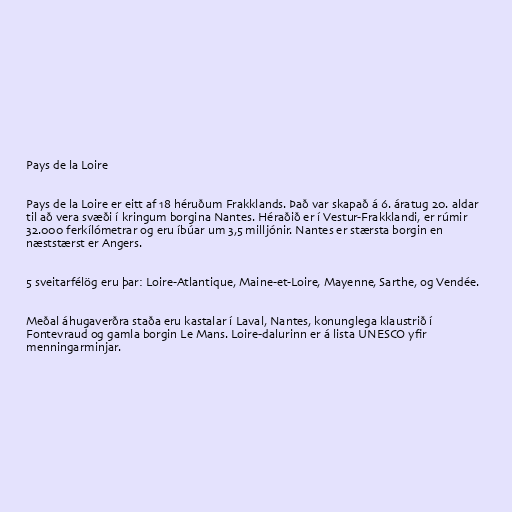
Pays de la Loire

Pays de la Loire er eitt af 18 héruðum Frakklands. Það var skapað á 6. áratug 20. aldar
til að vera svæði í kringum borgina Nantes. Héraðið er í Vestur-Frakklandi, er rúmir
32.000 ferkílómetrar og eru íbúar um 3,5 milljónir. Nantes er stærsta borgin en
næststærst er Angers.

5 sveitarfélög eru þar: Loire-Atlantique, Maine-et-Loire, Mayenne, Sarthe, og Vendée.

Meðal áhugaverðra staða eru kastalar í Laval, Nantes, konunglega klaustrið í
Fontevraud og gamla borgin Le Mans. Loire-dalurinn er á lista UNESCO yfir
menningarminjar.